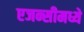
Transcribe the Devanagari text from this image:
एजन्सीमध्ये